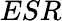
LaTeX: ESR